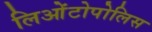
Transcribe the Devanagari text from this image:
लिओंटोपोलिस